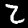
Digit: 2